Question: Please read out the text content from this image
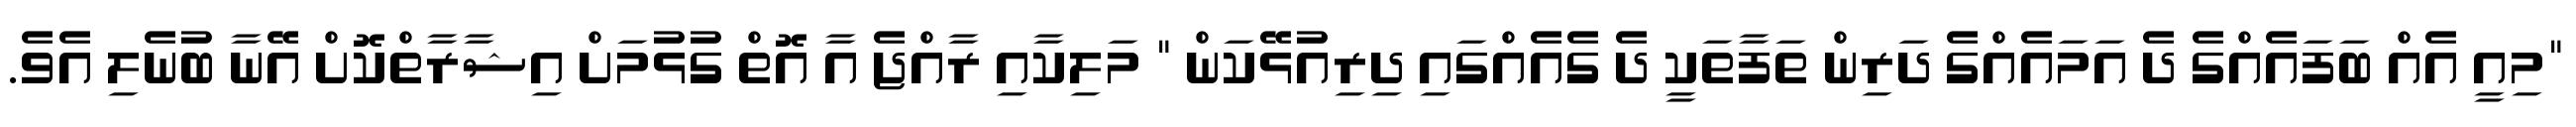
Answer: "މިއީ އެއް ބަފައެއްގެ ދެ އަމައެއްގެ ދަރިން ތަފާތަކީ ދެ ގެއެއްގައި ދިރިއުޅޭކަން " މަލިކާއި ރާއްޖެ އާ އޮތް ގުޅުމަށް އިޝާރާތްކޮށް އޭނާ ބުނެލި އެވެ.